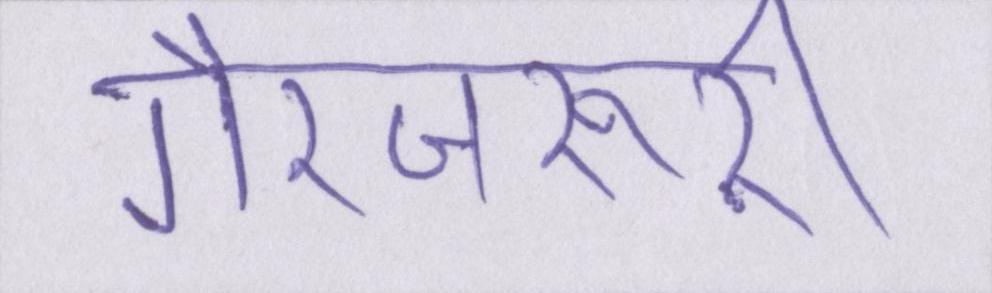
गैरजरूरी